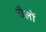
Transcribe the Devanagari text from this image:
सैलों